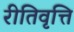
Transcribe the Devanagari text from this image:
रीतिवृत्ति